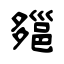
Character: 郺